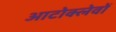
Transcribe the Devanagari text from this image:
आटोक्लेवों